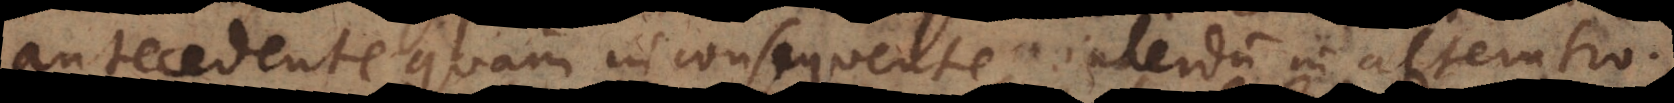
antecedente quam in consequente, interdum in alterutro.